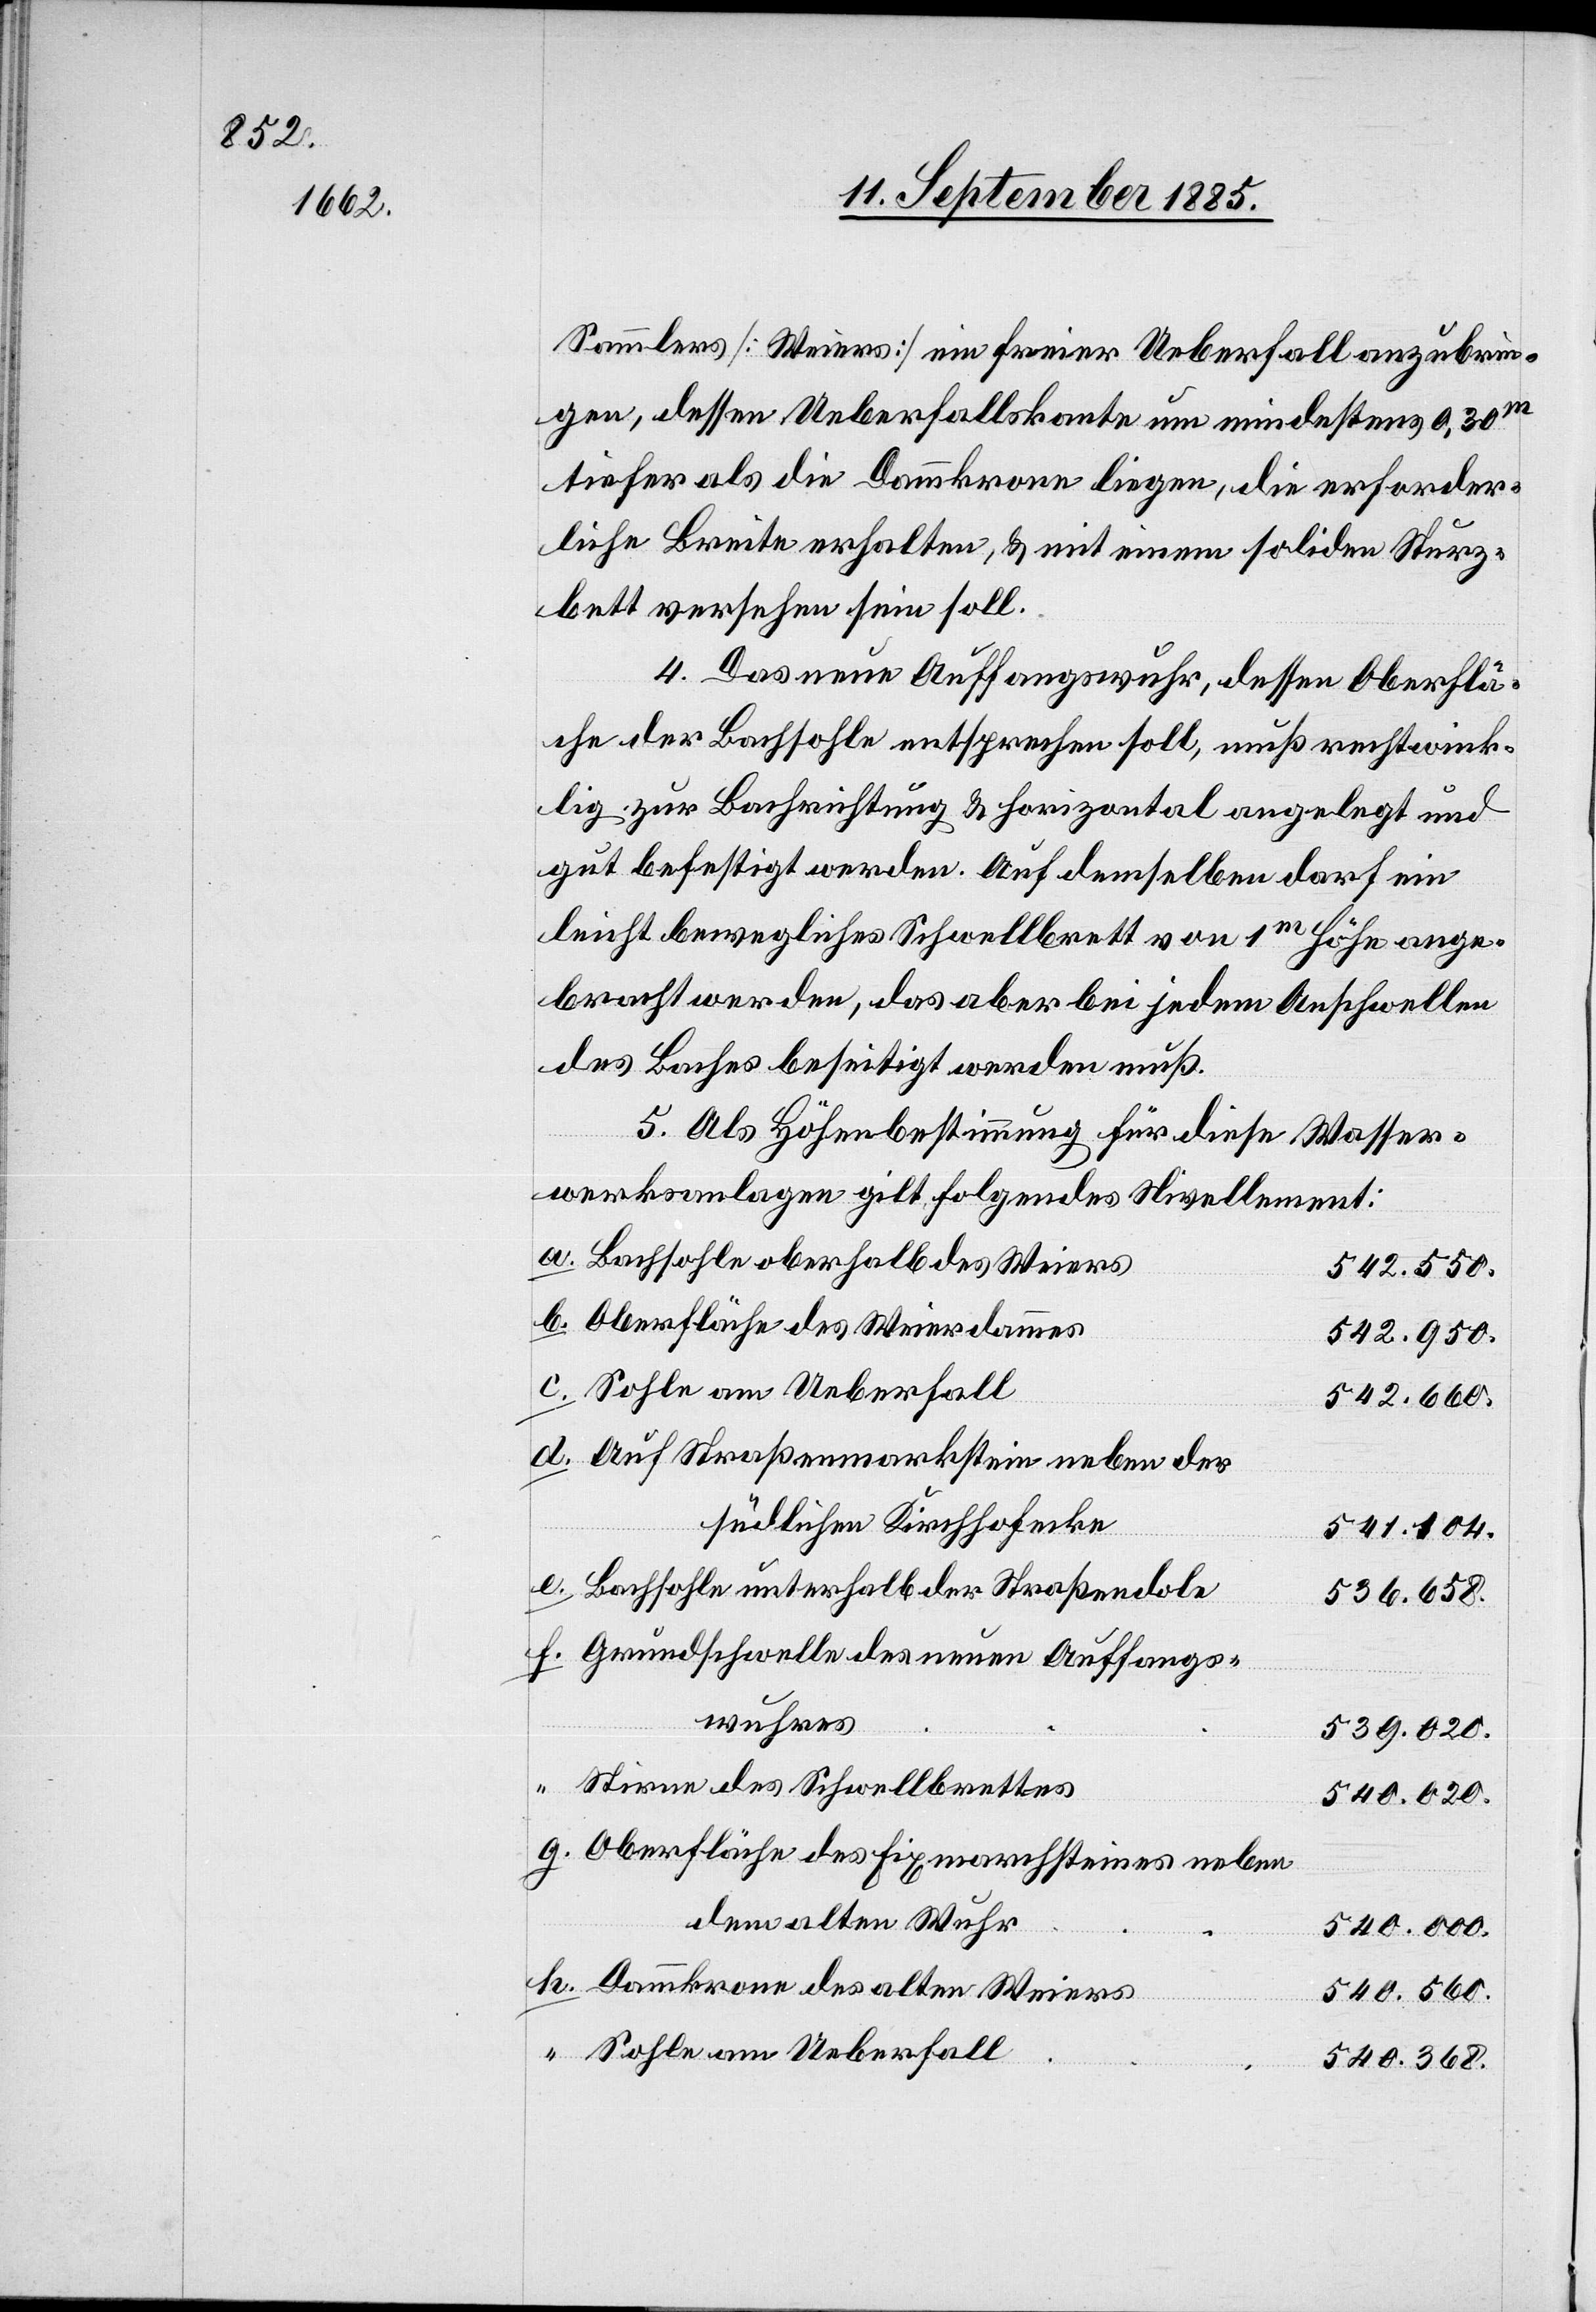
Sammlers [Weiers] ein freier Ueberfall anzubrin¬
gen, dessen Ueberfallskante um mindestens 0,30m
tiefer als die Dammkrone liegen, die erforder¬
liche Breite erhalten, & mit einem soliden Sturz¬
bett versehen sein soll.
4. Das neue Auffangswuhr, dessen Oberflä¬
che der Bachsohle entsprechen soll, muß rechtwink¬
lig zur Bachrichtung & horizontal angelegt und
gut befestigt werden. Auf demselben darf ein
leicht bewegliches Schwellbrett von 1m Höhe ange¬
bracht werden, das aber bei jedem Anschwellen
des Baches beseitigt werden muß.
5. Als Höhenbestimmung für diese Wasser¬
werksanlage gilt folgendes Nivellement:
Bachsohle oberhalb des Weiers
542.550.
Oberfläche des Weierdammes
542.950.
542.660.
Auf Straßenmarkstein neben der
südlichen Kirchhofecke
541.104.
Bachsohle unterhalb der Straßendole
536.658.
Grundschwelle des neuen Auffangs¬
wuhres
539.020.
Stirne des Schwellbrettes
540.020.
Oberfläche des Fixmarksteines neben
dem alten Wuhr
540.000.
Dammkrone des alten Weiers
540.560.
Sohle am Ueberfall
540.368.